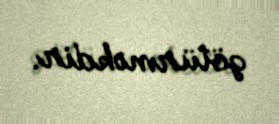
götürməkdir.